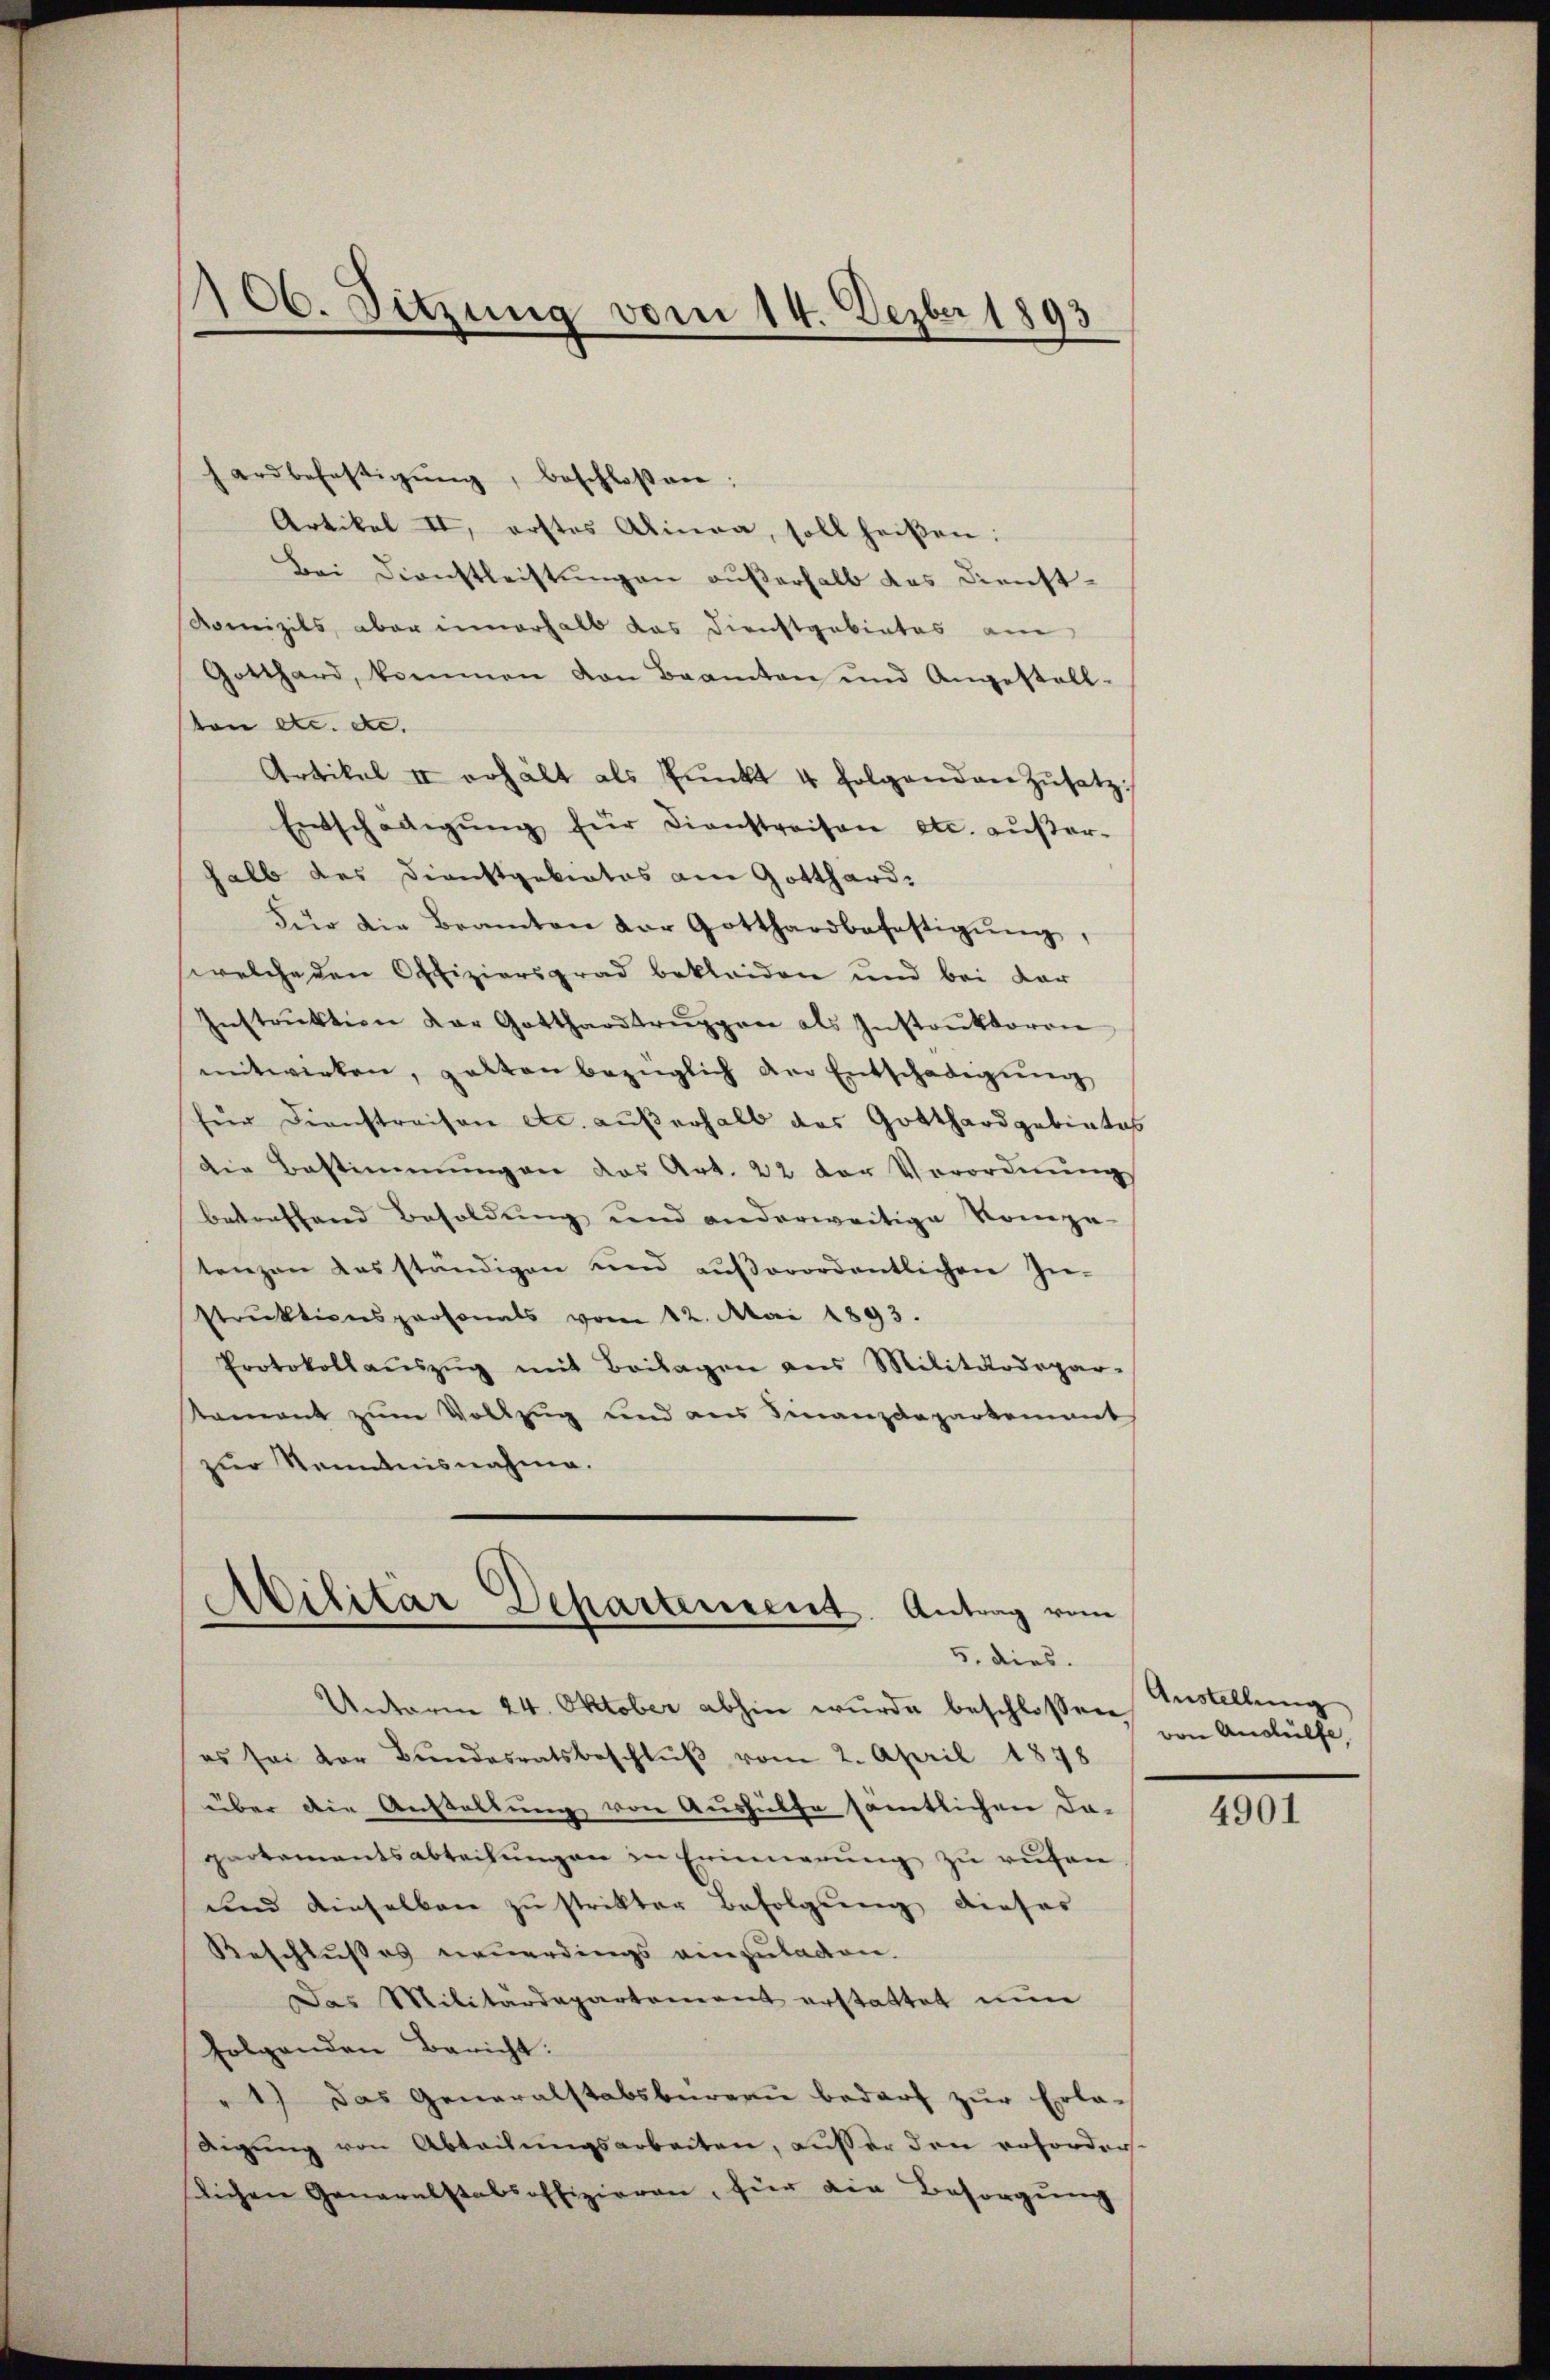
106. Sitzung vom 14. Dezber 1893

hardbefestigŭng, beschlossen:
Artikel II, erstes Alinea, soll heißen:
Bei Dienstleistungen außerhalb das Dienst-
Romizils, aber innerhalb das Dienstgebietes am
Gotthard, kommen von Beamten und Angestall-
von etc. de. |
Artikel II erhält als Pŭnkt 4 folgenden Zŭsatz.
Entschädigŭng für dienstreisen etc. außer-
halb des Dienstgebietes am Gotthard.
Für die Beamten der Gotthardbefestigŭng,
welche den Offiziersgrad bekleiden und bei dar
Instrŭktion der Gotthardtrŭppen als Instrŭktoren
mitwirken, galten bezüglich der Entschädigŭng
für Dienstreisen etc. außerhalb das Gotthard gebietes
die Bestimmungen das Art. 22 der Verordnŭng
betreffend Besoldung und anderweitige Kompe-
tenzen das ständigen und aŭβerordentlichen In-
struktionspersonals vom 12. Mai 1893.
Protokollaŭszŭg mit Beilagen ans Militärdepar-
Nament zum Vollzug und aus Finanzdepartement
zur Kenntnisnahme.

Militar Departement. Antrag vom
5. dies

Unterm 24. Oktober abhin wurde beschlossen,
es sei der Bundesratsbeschlŭβ vom 2. April 1878
über die Anstellung von Aushülfe sämtlichen Da-
partementsabteilŭngen in Erinnerung zu rufen
und dieselben zustrikter Befolgung dieser
Beschlusses neuerdings einzuladen.
Das Militärdepartement erstattet nun
folgenden Bericht:
1.) Das Generalstabsbureau bedarf zur Erla-
digung von Abteilungsarbeiten, außer den erforder
lichen Generalstabsoffizieren, für die Besorgung

Austellung
von Aushülfe,

4901